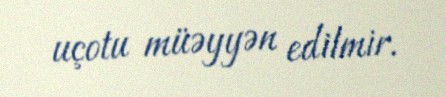
uçotu müəyyən edilmir.